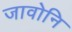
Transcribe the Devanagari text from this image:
जावोनि